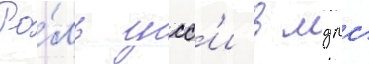
Ро́ль усс'и в мдпс